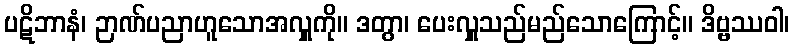
ပဋိဘာနံ၊ ဉာဏ်ပညာဟူသောအလှူကို။ ဒတွာ၊ ပေးလှူသည်မည်သောကြောင့်။ ဒိဗ္ဗဿဝါ၊